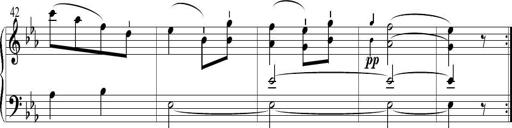
Title: 6 Leichte Sonatinen, Teil 1
Composer: F. Sigismund Sander